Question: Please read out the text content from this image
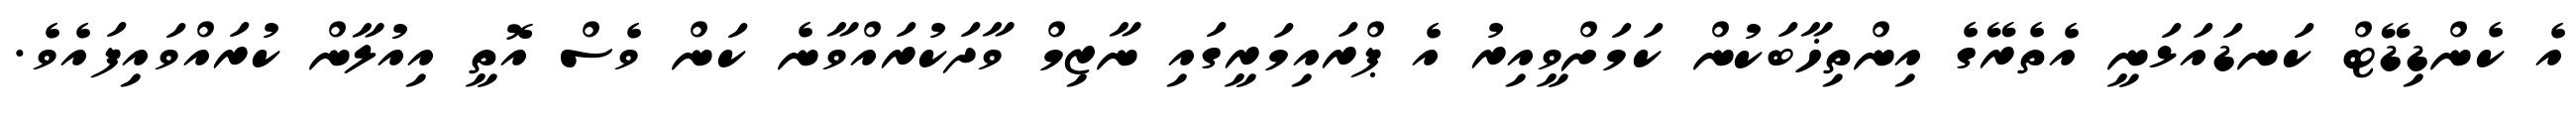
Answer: އެ ކެންޑިޑޭޓް ކަނޑައަޅަނީ އެތެރޭގެ އިންތިޚާބަކުން ކަމަށްވީއިރު އެ ޕްރައިމަރީގައި ނާޒިމް ވާދަކުރައްވާނެ ކަން ވެސް އޮތީ އިއުލާން ކުރައްވައިފައެވެ.